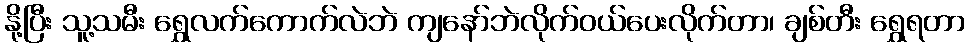
နို့ပြီး သူ့သမီး ရွှေလက်ကောက်လဲဘဲ ကျနော်ဘဲလိုက်ဝယ်ပေးလိုက်တာ၊ ချစ်တီး ရွှေရတာ